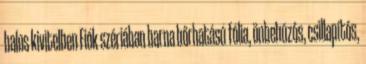
balos kivitelben Fiók szériában barna bőrhatású fólia, önbehúzós, csillapítós,